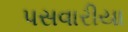
પસવારીયા